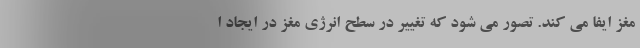
مغز ایفا می کند. تصور می شود که تغییر در سطح انرژی مغز در ایجاد ا